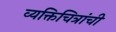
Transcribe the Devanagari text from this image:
व्यक्तिचित्रांची